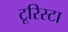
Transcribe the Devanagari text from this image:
टूरिस्टा